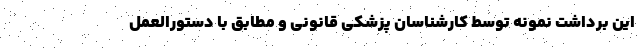
اين برداشت نمونه توسط کارشناسان پزشکی قانونی و مطابق با دستورالعمل